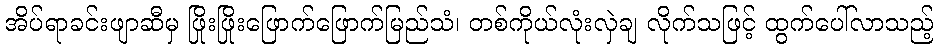
အိပ်ရာခင်းဖျာဆီမှ ဖြိုးဖြိုးဖြောက်ဖြောက်မြည်သံ၊ တစ်ကိုယ်လုံးလှဲချ လိုက်သဖြင့် ထွက်ပေါ်လာသည့်